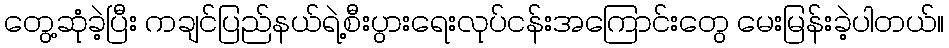
တွေ့ဆုံခဲ့ပြီး ကချင်ပြည်နယ်ရဲ့စီးပွားရေးလုပ်ငန်းအကြောင်းတွေ မေးမြန်းခဲ့ပါတယ်။